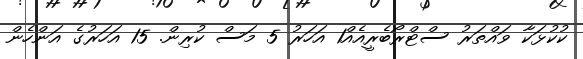
ކުކުޅަކާ ވައްތަރު ސްޓްރޯބެރީއެއް1 އަހަރު 5 މަސް ކުރިން. 15 އަހަރުގެ އަންހެން